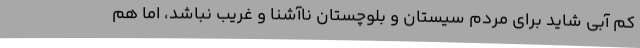
کم آبی شاید برای مردم سیستان و بلوچستان ناآشنا و غریب نباشد، اما هم